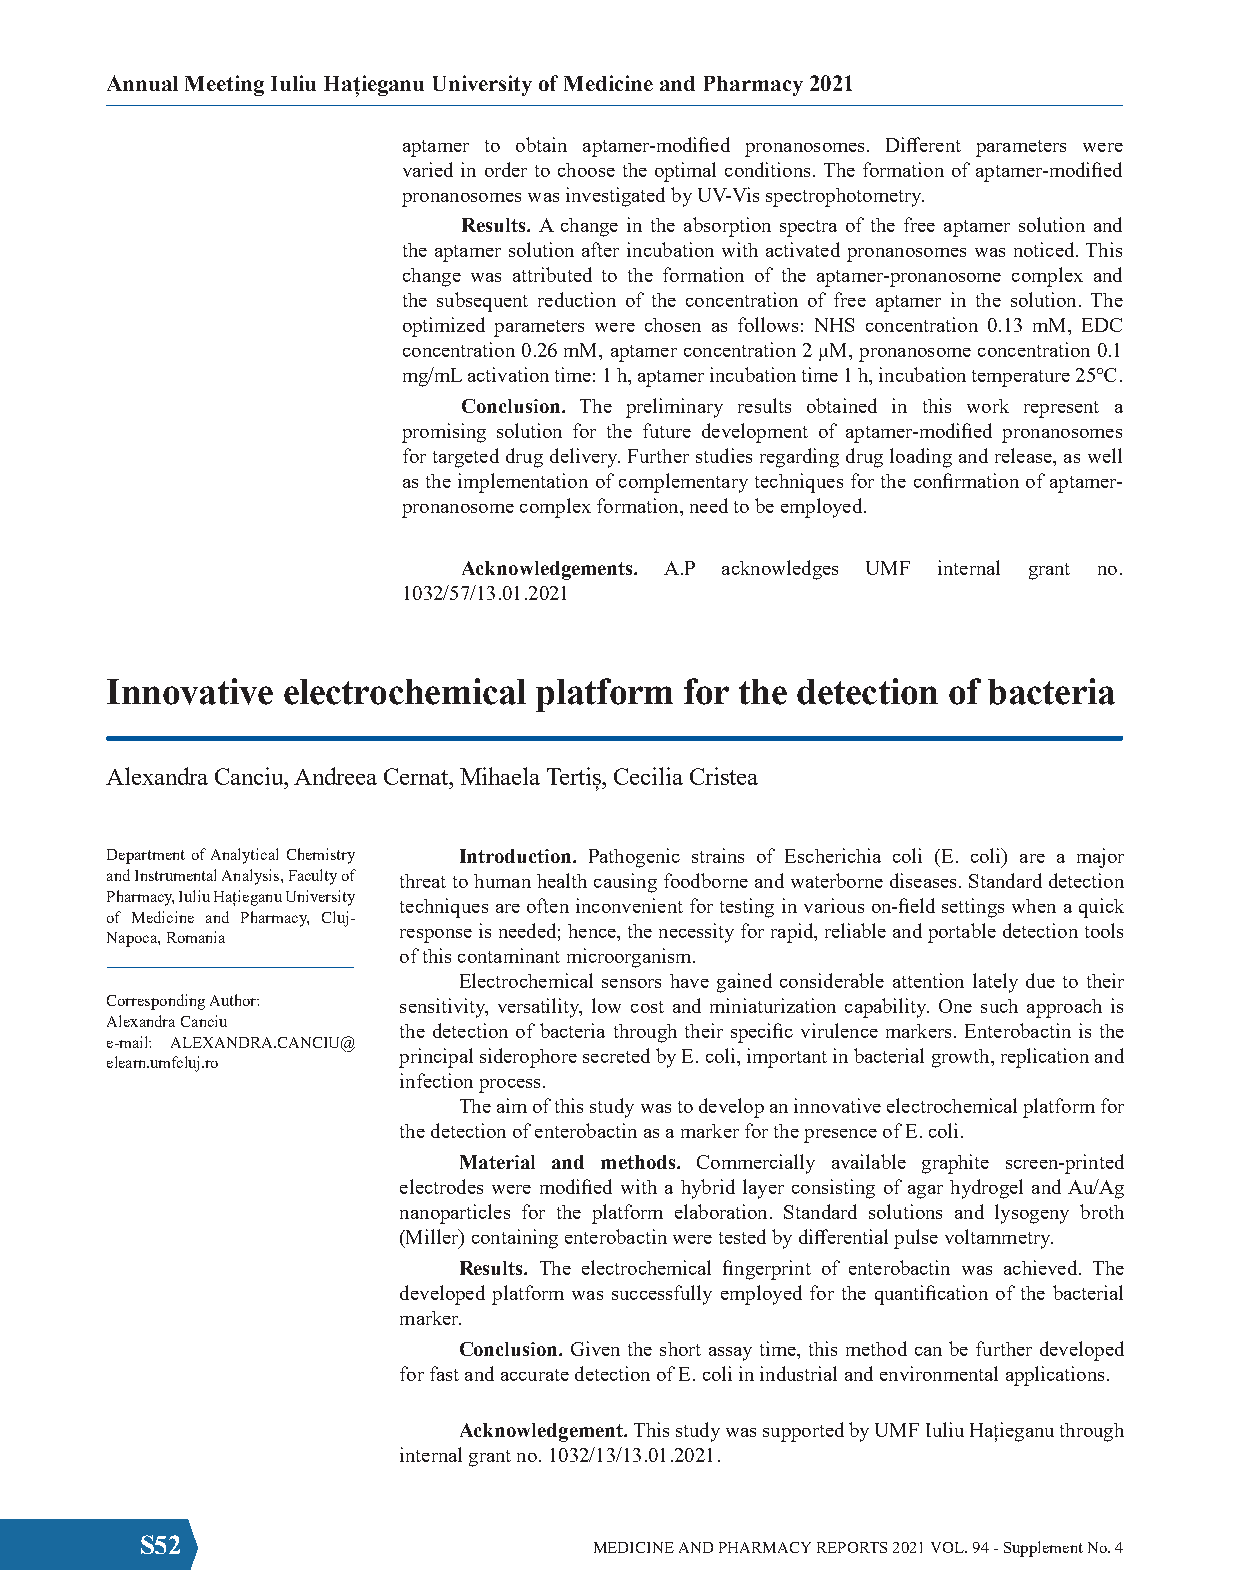
Annual Meeting Iuliu Hațieganu University of Medicine and Pharmacy 2021
 aptamer to obtain aptamer-modified pronanosomes. Different parameters were
 varied in order to choose the optimal conditions. The formation of aptamer-modified
 pronanosomes was investigated by UV-Vis spectrophotometry.
 Results. A change in the absorption spectra of the free aptamer solution and
 the aptamer solution after incubation with activated pronanosomes was noticed. This
 change was attributed to the formation of the aptamer-pronanosome complex and
 the subsequent reduction of the concentration of free aptamer in the solution. The
 optimized parameters were chosen as follows: NHS concentration 0.13 mM, EDC
 concentration 0.26 mM, aptamer concentration 2 μM, pronanosome concentration 0.1
 mg/mL activation time: 1 h, aptamer incubation time 1 h, incubation temperature 25℃.
 Conclusion. The preliminary results obtained in this work represent a
 promising solution for the future development of aptamer-modified pronanosomes
 for targeted drug delivery. Further studies regarding drug loading and release, as well
 as the implementation of complementary techniques for the confirmation of aptamer-
 pronanosome complex formation, need to be employed.
 Acknowledgements. A.P acknowledges UMF internal grant no.
 1032/57/13.01.2021
 Innovative  electrochemical platform  for the detection of bacteria
 Alexandra Canciu, Andreea Cernat, Mihaela Tertiș, Cecilia Cristea
 Department of Analytical Chemistry Introduction. Pathogenic strains of Escherichia coli (E. coli) are a major
 and Instrumental Analysis, Faculty of threat to human health causing foodborne and waterborne diseases. Standard detection
 Pharmacy, Iuliu Hațieganu University
 techniques are often inconvenient for testing in various on-field settings when a quick
 of Medicine and Pharmacy, Cluj-
 response is needed; hence, the necessity for rapid, reliable and portable detection tools
 Napoca, Romania
 of this contaminant microorganism.
 Electrochemical sensors have gained considerable attention lately due to their
 Corresponding Author: sensitivity, versatility, low cost and miniaturization capability. One such approach is
 Alexandra Canciu
 the detection of bacteria through their specific virulence markers. Enterobactin is the
 e-mail: ALEXANDRA.CANCIU@
 principal siderophore secreted by E. coli, important in bacterial growth, replication and
 elearn.umfcluj.ro
 infection process.
 The aim of this study was to develop an innovative electrochemical platform for
 the detection of enterobactin as a marker for the presence of E. coli.
 Material and methods. Commercially available graphite screen-printed
 electrodes were modified with a hybrid layer consisting of agar hydrogel and Au/Ag
 nanoparticles for the platform elaboration. Standard solutions and lysogeny broth
 (Miller) containing enterobactin were tested by differential pulse voltammetry.
 Results. The electrochemical fingerprint of enterobactin was achieved. The
 developed platform was successfully employed for the quantification of the bacterial
 marker.
 Conclusion. Given the short assay time, this method can be further developed
 for fast and accurate detection of E. coli in industrial and environmental applications.
 Acknowledgement. This study was supported by UMF Iuliu Hațieganu through
 internal grant no. 1032/13/13.01.2021.
 S52                           MEDICINE AND PHARMACY REPORTS 2021 VOL. 94 - Supplement No. 4